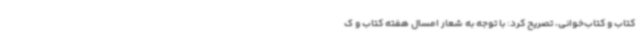
کتاب و کتاب‌خوانی، تصریح کرد: با توجه به شعار امسال هفته کتاب و ک